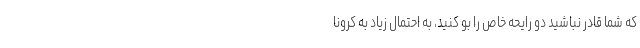
که شما قادر نباشید دو رایحه خاص را بو کنید، به احتمال زیاد به کرونا